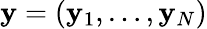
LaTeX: \boldsymbol{\mathbf{y}}=\left(\mathbf{y}_{1},\dots,\mathbf{y}_{N}\right)